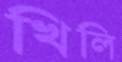
খিলি